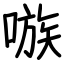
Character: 嗾